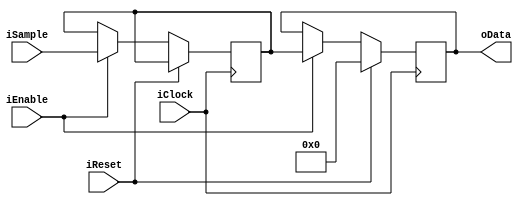
module FixedDecoderOrder0(input iClock,
                    input iReset, 
                    input iEnable, 
                    input signed [15:0] iSample, 
                    output signed [15:0] oData);
                        
reg signed [15:0] dataq;
reg [3:0] warmup_count;
reg signed [15:0] SampleD1;

assign oData = dataq;

always @(posedge iClock)
begin
    if (iReset) begin
        dataq <= 0;
    end else if (iEnable) begin
        SampleD1 <= iSample;
        dataq <= SampleD1;
    end
end
endmodule